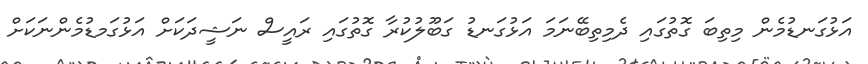
އަޅުގަނޑުމެން މިތިބަ ގޮތުގައި ދެމިތިބޭނަމަ އަޅުގަނޑު ގަބޫލުކުރާ ގޮތުގައި ރައީސް ނަޝީދަކަށް އަޅުގަމޑުމެންނަކަށް